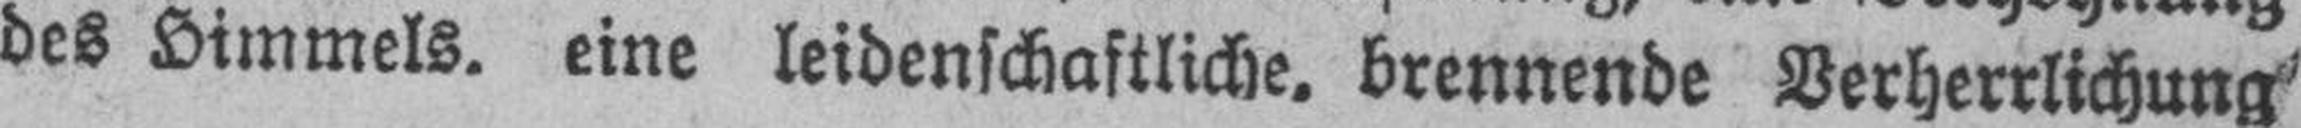
des Himmels. eine leidenschaftliche, brennende Verherrlichung